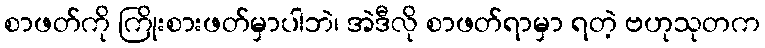
စာဖတ်ကို ကြိုးစားဖတ်မှာပါဘဲ၊ အဲဒီလို စာဖတ်ရာမှာ ရတဲ့ ဗဟုသုတက